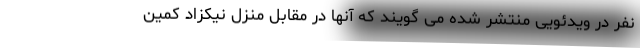
نفر در ویدئویی منتشر شده می گویند که آنها در مقابل منزل نیکزاد کمین